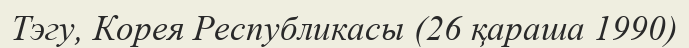
Тэгу, Корея Республикасы (26 қараша 1990)